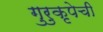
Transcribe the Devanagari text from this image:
गुरुकृपेची